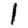
Digit: 1